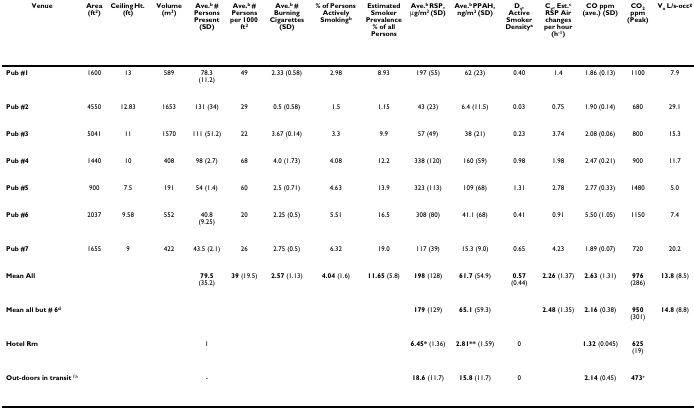
<table><thead><tr><td><b>Venue</b></td><td><b>Area (ft<sup>2</sup>)</b></td><td><b>Ceiling Ht. (ft)</b></td><td><b>Volume (m<sup>3</sup>)</b></td><td><b>Ave.<sup>b </sup># Persons Present (SD)</b></td><td><b>Ave.<sup>b </sup># Persons per 1000 ft<sup>2</sup></b></td><td><b>Ave.<sup>b </sup># Burning Cigarettes (SD)</b></td><td><b>% of Persons Actively Smoking<sup>b</sup></b></td><td><b>Estimated Smoker Prevalence % of all Persons</b></td><td><b>Ave.<sup>b </sup>RSP, μg/m<sup>3 </sup>(SD)</b></td><td><b>Ave.<sup>b </sup>PPAH, ng/m<sup>3 </sup>(SD)</b></td><td><b>D<sub>s</sub>, Active Smoker Density<sup>a</sup></b></td><td><b>C<sub>v</sub>, Est.<sup>c </sup>RSP Air changes per hour (h<sup>-1</sup>)</b></td><td><b>CO ppm (ave.) (SD)</b></td><td><b>CO<sub>2 </sub>ppm (Peak)</b></td><td><b>V<sub>o </sub>L/s-occ<sup>g</sup></b></td></tr></thead><tbody><tr><td><b>Pub #1</b></td><td>1600</td><td>13</td><td>589</td><td>78.3 (11.2)</td><td>49</td><td>2.33 (0.58)</td><td>2.98</td><td>8.93</td><td>197 (55)</td><td>62 (23)</td><td>0.40</td><td>1.4</td><td>1.86 (0.13)</td><td>1100</td><td>7.9</td></tr><tr><td><b>Pub #2</b></td><td>4550</td><td>12.83</td><td>1653</td><td>131 (34)</td><td>29</td><td>0.5 (0.58)</td><td>1.5</td><td>1.15</td><td>43 (23)</td><td>6.4 (11.5)</td><td>0.03</td><td>0.75</td><td>1.90 (0.14)</td><td>680</td><td>29.1</td></tr><tr><td><b>Pub #3</b></td><td>5041</td><td>11</td><td>1570</td><td>111 (51.2)</td><td>22</td><td>3.67 (0.14)</td><td>3.3</td><td>9.9</td><td>57 (49)</td><td>38 (21)</td><td>0.23</td><td>3.74</td><td>2.08 (0.06)</td><td>800</td><td>15.3</td></tr><tr><td><b>Pub #4</b></td><td>1440</td><td>10</td><td>408</td><td>98 (2.7)</td><td>68</td><td>4.0 (1.73)</td><td>4.08</td><td>12.2</td><td>338 (120)</td><td>160 (59)</td><td>0.98</td><td>1.98</td><td>2.47 (0.21)</td><td>900</td><td>11.7</td></tr><tr><td><b>Pub #5</b></td><td>900</td><td>7.5</td><td>191</td><td>54 (1.4)</td><td>60</td><td>2.5 (0.71)</td><td>4.63</td><td>13.9</td><td>323 (113)</td><td>109 (68)</td><td>1.31</td><td>2.78</td><td>2.77 (0.33)</td><td>1480</td><td>5.0</td></tr><tr><td><b>Pub #6</b></td><td>2037</td><td>9.58</td><td>552</td><td>40.8 (9.25)</td><td>20</td><td>2.25 (0.5)</td><td>5.51</td><td>16.5</td><td>308 (80)</td><td>41.1 (68)</td><td>0.41</td><td>0.91</td><td>5.50 (1.05)</td><td>1150</td><td>7.4</td></tr><tr><td><b>Pub #7</b></td><td>1655</td><td>9</td><td>422</td><td>43.5 (2.1)</td><td>26</td><td>2.75 (0.5)</td><td>6.32</td><td>19.0</td><td>117 (39)</td><td>15.3 (9.0)</td><td>0.65</td><td>4.23</td><td>1.89 (0.07)</td><td>720</td><td>20.2</td></tr><tr><td><b>Mean All</b></td><td></td><td></td><td></td><td><b>79.5 </b>(35.2)</td><td><b>39 </b>(19.5)</td><td><b>2.57 </b>(1.13)</td><td><b>4.04 </b>(1.6)</td><td><b>11.65 </b>(5.8)</td><td><b>198 </b>(128)</td><td><b>61.7 </b>(54.9)</td><td><b>0.57 </b>(0.44)</td><td><b>2.26 </b>(1.37)</td><td><b>2.63 </b>(1.31)</td><td><b>976 </b>(286)</td><td><b>13.8 </b>(8.5)</td></tr><tr><td><b>Mean all but # 6<sup>d</sup></b></td><td></td><td></td><td></td><td></td><td></td><td></td><td></td><td></td><td><b>179 </b>(129)</td><td><b>65.1 </b>(59.3)</td><td></td><td><b>2.48 </b>(1.35)</td><td><b>2.16 </b>(0.38)</td><td><b>950 </b>(301)</td><td><b>14.8 </b>(8.8)</td></tr><tr><td><b>Hotel Rm</b></td><td></td><td></td><td></td><td>1</td><td></td><td></td><td></td><td></td><td><b>6.45* </b>(1.36)</td><td><b>2.81** </b>(1.59)</td><td>0</td><td></td><td><b>1.32 </b>(0.045)</td><td><b>625 </b>(19)</td><td></td></tr><tr><td><b>Out-doors in transit </b><sup>f,h</sup></td><td></td><td></td><td></td><td>-</td><td></td><td></td><td></td><td></td><td><b>18.6 </b>(11.7)</td><td><b>15.8 </b>(11.7)</td><td>0</td><td></td><td><b>2.14 </b>(0.45)</td><td><b>473</b><sup><i>e</i></sup></td><td></td></tr></tbody></table>